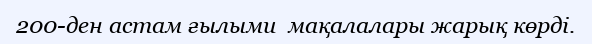
200-ден астам ғылыми  мақалалары жарық көрді.